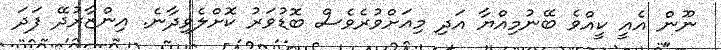
ނޫން އެއީ ކީއްވެ ބޭނުމިއްޔާ އަދި މިއަށްވުރެވެސް ބޮޑުވަރު ކޮށްލެވިދާނެ. އިންޒާރުދޭ ފަދަ